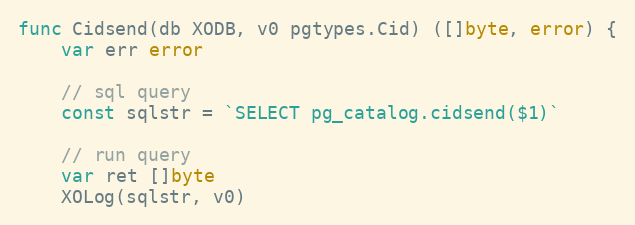
Language: Go
func Cidsend(db XODB, v0 pgtypes.Cid) ([]byte, error) {
	var err error

	// sql query
	const sqlstr = `SELECT pg_catalog.cidsend($1)`

	// run query
	var ret []byte
	XOLog(sqlstr, v0)